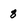
Character: 8